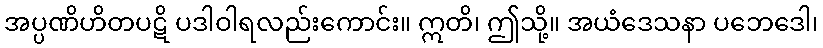
အပ္ပဏိဟိတပဋိ ပဒါဝါရလည်းကောင်း။ ဣတိ၊ ဤသို့။ အယံဒေသနာ ပဘေဒေါ၊